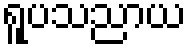
ရူပသညာယ